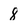
Character: 8